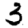
Digit: 3